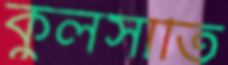
কুলসাতি